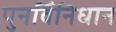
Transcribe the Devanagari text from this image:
पुनर्विनिधान